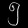
Digit: ၅